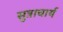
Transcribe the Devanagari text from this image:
सुत्राचार्य